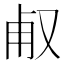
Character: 𠭉